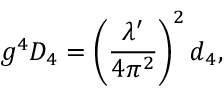
g ^ { 4 } D _ { 4 } = \left( \frac { \lambda ^ { \prime } } { 4 \pi ^ { 2 } } \right) ^ { 2 } d _ { 4 } ,